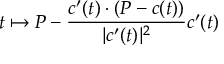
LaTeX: t \mapsto P - { \frac { c ^ { \prime } ( t ) \cdot ( P - c ( t ) ) } { | c ^ { \prime } ( t ) | ^ { 2 } } } c ^ { \prime } ( t )